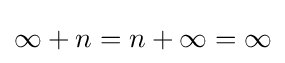
\infty +n=n+\infty =\infty